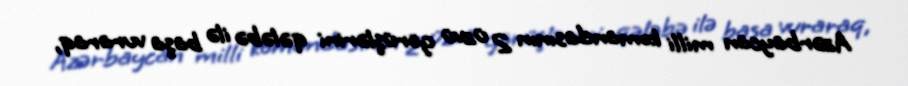
Azərbaycan milli komandasının 2 üzvü görüşlərini qələbə ilə başa vuraraq,